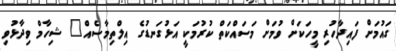
ގައުމަށް ފައިދާހުރި މީހަކަށް ވުމަށް މަސައްކަތް ކުރުމަކީ އަޅުގަނޑުގެ އިލްތިމާސެއް" ޝިހާމް ވިދާޅުވި